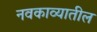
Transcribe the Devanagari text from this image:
नवकाव्यातील